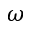
\omega